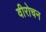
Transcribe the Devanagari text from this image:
वीरोचन